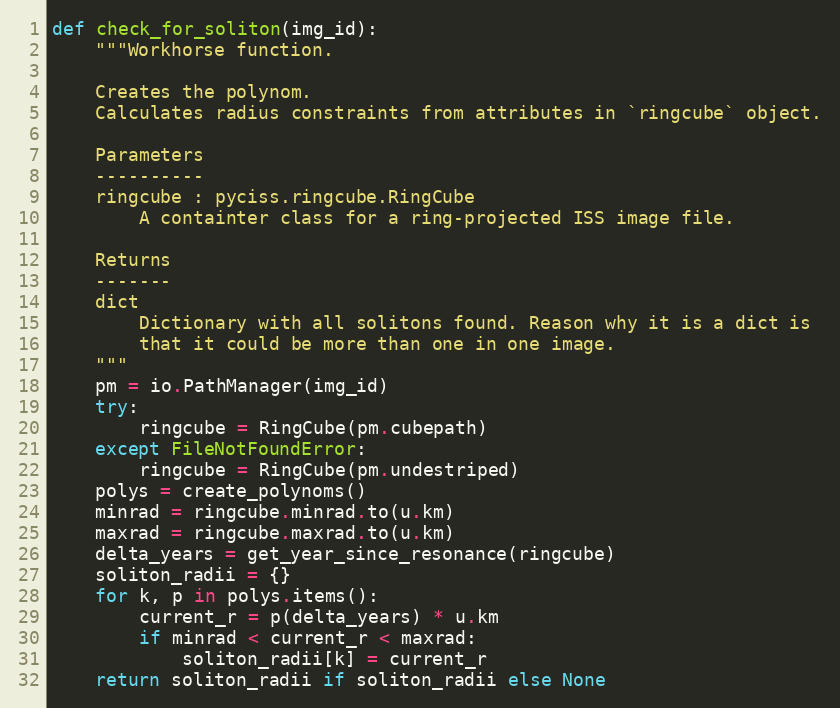
Language: Python
def check_for_soliton(img_id):
    """Workhorse function.

    Creates the polynom.
    Calculates radius constraints from attributes in `ringcube` object.

    Parameters
    ----------
    ringcube : pyciss.ringcube.RingCube
        A containter class for a ring-projected ISS image file.

    Returns
    -------
    dict
        Dictionary with all solitons found. Reason why it is a dict is
        that it could be more than one in one image.
    """
    pm = io.PathManager(img_id)
    try:
        ringcube = RingCube(pm.cubepath)
    except FileNotFoundError:
        ringcube = RingCube(pm.undestriped)
    polys = create_polynoms()
    minrad = ringcube.minrad.to(u.km)
    maxrad = ringcube.maxrad.to(u.km)
    delta_years = get_year_since_resonance(ringcube)
    soliton_radii = {}
    for k, p in polys.items():
        current_r = p(delta_years) * u.km
        if minrad < current_r < maxrad:
            soliton_radii[k] = current_r
    return soliton_radii if soliton_radii else None